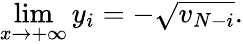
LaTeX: \operatorname*{lim}_{x\rightarrow+\infty}y_{i}=-\sqrt{v_{N-i}}.